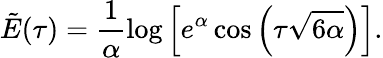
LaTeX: \tilde{E}(\tau)=\frac{1}{\alpha}\log\left[e^{\alpha}\cos\left(\tau\sqrt{6\alpha}\right)\right].